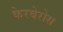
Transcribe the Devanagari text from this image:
केरबेरोस